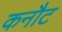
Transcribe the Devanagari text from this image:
कनौट